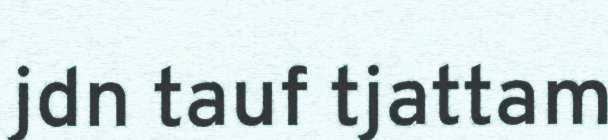
jdn tauf tjattam